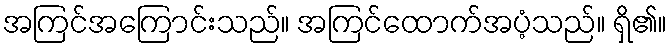
အကြင်အကြောင်းသည်။ အကြင်ထောက်အပံ့သည်။ ရှိ၏။